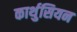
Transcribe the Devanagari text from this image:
कार्थुसियन